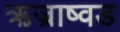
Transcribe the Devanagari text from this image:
ऋज्राष्वड